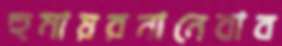
হুমায়রনানেবাব